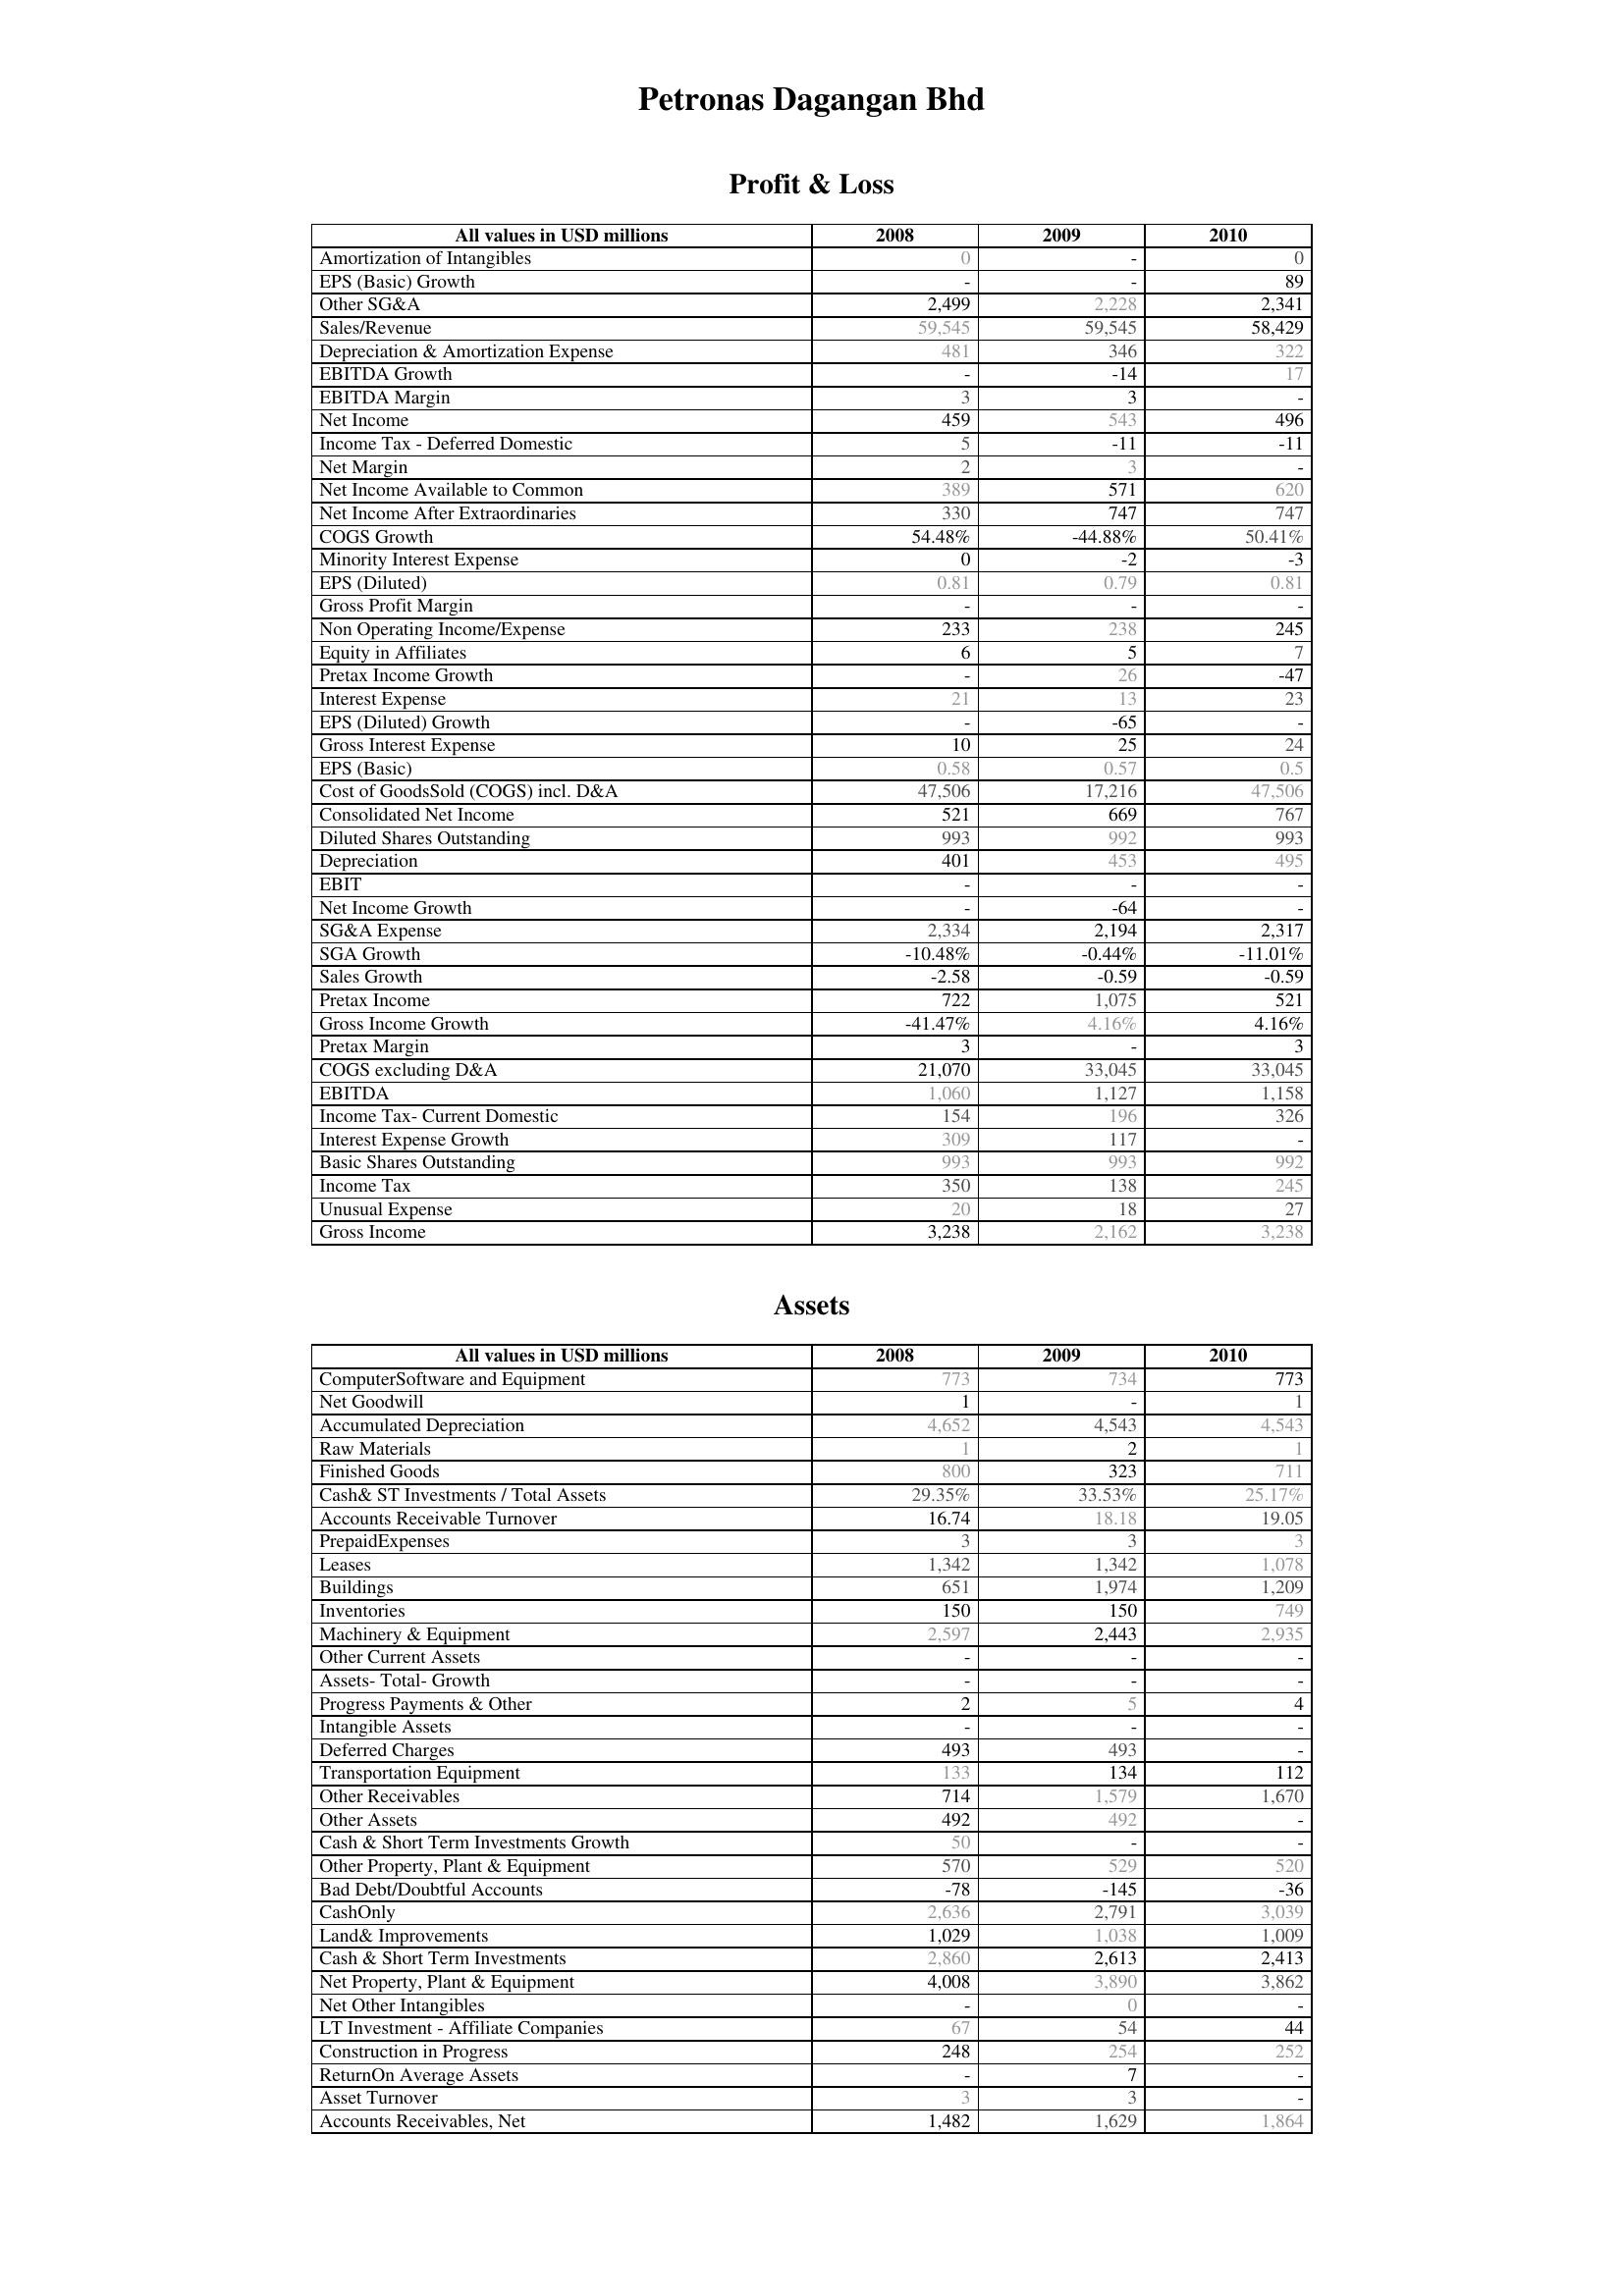
2008: Profit & Loss: Amortization of Intangibles: 0
EPS (Basic) Growth: -
Other SG&A: 2,499
Sales/Revenue: 59,545
Depreciation & Amortization Expense: 481
EBITDA Growth: -
EBITDA Margin: 3
Net Income: 459
Income Tax - Deferred Domestic: 5
Net Margin: 2
Net Income Available to Common: 389
Net Income After Extraordinaries: 330
COGS Growth: 54.48%
Minority Interest Expense: 0
EPS (Diluted): 0.81
Gross Profit Margin: -
Non Operating Income/Expense: 233
Equity in Affiliates: 6
Pretax Income Growth: -
Interest Expense: 21
EPS (Diluted) Growth: -
Gross Interest Expense: 10
EPS (Basic): 0.58
Cost of GoodsSold (COGS) incl. D&A: 47,506
Consolidated Net Income: 521
Diluted Shares Outstanding: 993
Depreciation: 401
EBIT: -
Net Income Growth: -
SG&A Expense: 2,334
SGA Growth: -10.48%
Sales Growth: -2.58
Pretax Income: 722
Gross Income Growth: -41.47%
Pretax Margin: 3
COGS excluding D&A: 21,070
EBITDA: 1,060
Income Tax- Current Domestic: 154
Interest Expense Growth: 309
Basic Shares Outstanding: 993
Income Tax: 350
Unusual Expense: 20
Gross Income: 3,238
Assets: ComputerSoftware and Equipment: 773
Net Goodwill: 1
Accumulated Depreciation: 4,652
Raw Materials: 1
Finished Goods: 800
Cash& ST Investments / Total Assets: 29.35%
Accounts Receivable Turnover: 16.74
PrepaidExpenses: 3
Leases: 1,342
Buildings: 651
Inventories: 150
Machinery & Equipment: 2,597
Other Current Assets: -
Assets- Total- Growth: -
Progress Payments & Other: 2
Intangible Assets: -
Deferred Charges: 493
Transportation Equipment: 133
Other Receivables: 714
Other Assets: 492
Cash & Short Term Investments Growth: 50
Other Property, Plant & Equipment: 570
Bad Debt/Doubtful Accounts: -78
CashOnly: 2,636
Land& Improvements: 1,029
Cash & Short Term Investments: 2,860
Net Property, Plant & Equipment: 4,008
Net Other Intangibles: -
LT Investment - Affiliate Companies: 67
Construction in Progress: 248
ReturnOn Average Assets: -
Asset Turnover: 3
Accounts Receivables, Net: 1,482
2009: Profit & Loss: Amortization of Intangibles: -
EPS (Basic) Growth: -
Other SG&A: 2,228
Sales/Revenue: 59,545
Depreciation & Amortization Expense: 346
EBITDA Growth: -14
EBITDA Margin: 3
Net Income: 543
Income Tax - Deferred Domestic: -11
Net Margin: 3
Net Income Available to Common: 571
Net Income After Extraordinaries: 747
COGS Growth: -44.88%
Minority Interest Expense: -2
EPS (Diluted): 0.79
Gross Profit Margin: -
Non Operating Income/Expense: 238
Equity in Affiliates: 5
Pretax Income Growth: 26
Interest Expense: 13
EPS (Diluted) Growth: -65
Gross Interest Expense: 25
EPS (Basic): 0.57
Cost of GoodsSold (COGS) incl. D&A: 17,216
Consolidated Net Income: 669
Diluted Shares Outstanding: 992
Depreciation: 453
EBIT: -
Net Income Growth: -64
SG&A Expense: 2,194
SGA Growth: -0.44%
Sales Growth: -0.59
Pretax Income: 1,075
Gross Income Growth: 4.16%
Pretax Margin: -
COGS excluding D&A: 33,045
EBITDA: 1,127
Income Tax- Current Domestic: 196
Interest Expense Growth: 117
Basic Shares Outstanding: 993
Income Tax: 138
Unusual Expense: 18
Gross Income: 2,162
Assets: ComputerSoftware and Equipment: 734
Net Goodwill: -
Accumulated Depreciation: 4,543
Raw Materials: 2
Finished Goods: 323
Cash& ST Investments / Total Assets: 33.53%
Accounts Receivable Turnover: 18.18
PrepaidExpenses: 3
Leases: 1,342
Buildings: 1,974
Inventories: 150
Machinery & Equipment: 2,443
Other Current Assets: -
Assets- Total- Growth: -
Progress Payments & Other: 5
Intangible Assets: -
Deferred Charges: 493
Transportation Equipment: 134
Other Receivables: 1,579
Other Assets: 492
Cash & Short Term Investments Growth: -
Other Property, Plant & Equipment: 529
Bad Debt/Doubtful Accounts: -145
CashOnly: 2,791
Land& Improvements: 1,038
Cash & Short Term Investments: 2,613
Net Property, Plant & Equipment: 3,890
Net Other Intangibles: 0
LT Investment - Affiliate Companies: 54
Construction in Progress: 254
ReturnOn Average Assets: 7
Asset Turnover: 3
Accounts Receivables, Net: 1,629
2010: Profit & Loss: Amortization of Intangibles: 0
EPS (Basic) Growth: 89
Other SG&A: 2,341
Sales/Revenue: 58,429
Depreciation & Amortization Expense: 322
EBITDA Growth: 17
EBITDA Margin: -
Net Income: 496
Income Tax - Deferred Domestic: -11
Net Margin: -
Net Income Available to Common: 620
Net Income After Extraordinaries: 747
COGS Growth: 50.41%
Minority Interest Expense: -3
EPS (Diluted): 0.81
Gross Profit Margin: -
Non Operating Income/Expense: 245
Equity in Affiliates: 7
Pretax Income Growth: -47
Interest Expense: 23
EPS (Diluted) Growth: -
Gross Interest Expense: 24
EPS (Basic): 0.5
Cost of GoodsSold (COGS) incl. D&A: 47,506
Consolidated Net Income: 767
Diluted Shares Outstanding: 993
Depreciation: 495
EBIT: -
Net Income Growth: -
SG&A Expense: 2,317
SGA Growth: -11.01%
Sales Growth: -0.59
Pretax Income: 521
Gross Income Growth: 4.16%
Pretax Margin: 3
COGS excluding D&A: 33,045
EBITDA: 1,158
Income Tax- Current Domestic: 326
Interest Expense Growth: -
Basic Shares Outstanding: 992
Income Tax: 245
Unusual Expense: 27
Gross Income: 3,238
Assets: ComputerSoftware and Equipment: 773
Net Goodwill: 1
Accumulated Depreciation: 4,543
Raw Materials: 1
Finished Goods: 711
Cash& ST Investments / Total Assets: 25.17%
Accounts Receivable Turnover: 19.05
PrepaidExpenses: 3
Leases: 1,078
Buildings: 1,209
Inventories: 749
Machinery & Equipment: 2,935
Other Current Assets: -
Assets- Total- Growth: -
Progress Payments & Other: 4
Intangible Assets: -
Deferred Charges: -
Transportation Equipment: 112
Other Receivables: 1,670
Other Assets: -
Cash & Short Term Investments Growth: -
Other Property, Plant & Equipment: 520
Bad Debt/Doubtful Accounts: -36
CashOnly: 3,039
Land& Improvements: 1,009
Cash & Short Term Investments: 2,413
Net Property, Plant & Equipment: 3,862
Net Other Intangibles: -
LT Investment - Affiliate Companies: 44
Construction in Progress: 252
ReturnOn Average Assets: -
Asset Turnover: -
Accounts Receivables, Net: 1,864